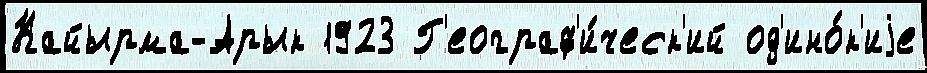
Кайырма-Арык 1923 Г'еограф'и́ческ'ий од'ино́к'иjе